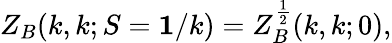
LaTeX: Z_{B}(k,k;S={\mathbf 1}/k)=Z_{B}^{\frac{1}{2}}(k,k;0),